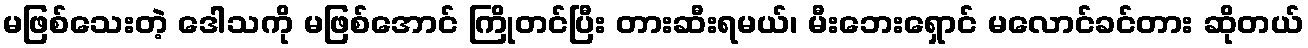
မဖြစ်သေးတဲ့ ဒေါသကို မဖြစ်အောင် ကြိုတင်ပြီး တားဆီးရမယ်၊ မီးဘေးရှောင် မလောင်ခင်တား ဆိုတယ်